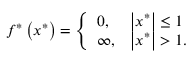
f ^ { * } \left( x ^ { * } \right) = { \left\{ \begin{array} { l l } { 0 , } & { \left| x ^ { * } \right| \leq 1 } \\ { \infty , } & { \left| x ^ { * } \right| > 1 . } \end{array} \right. }